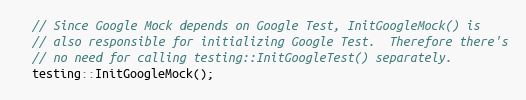
Language: C++
  // Since Google Mock depends on Google Test, InitGoogleMock() is
  // also responsible for initializing Google Test.  Therefore there's
  // no need for calling testing::InitGoogleTest() separately.
  testing::InitGoogleMock();